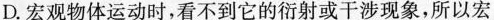
D.宏观物体运动时，看不到它的衍射或干涉现象，所以宏